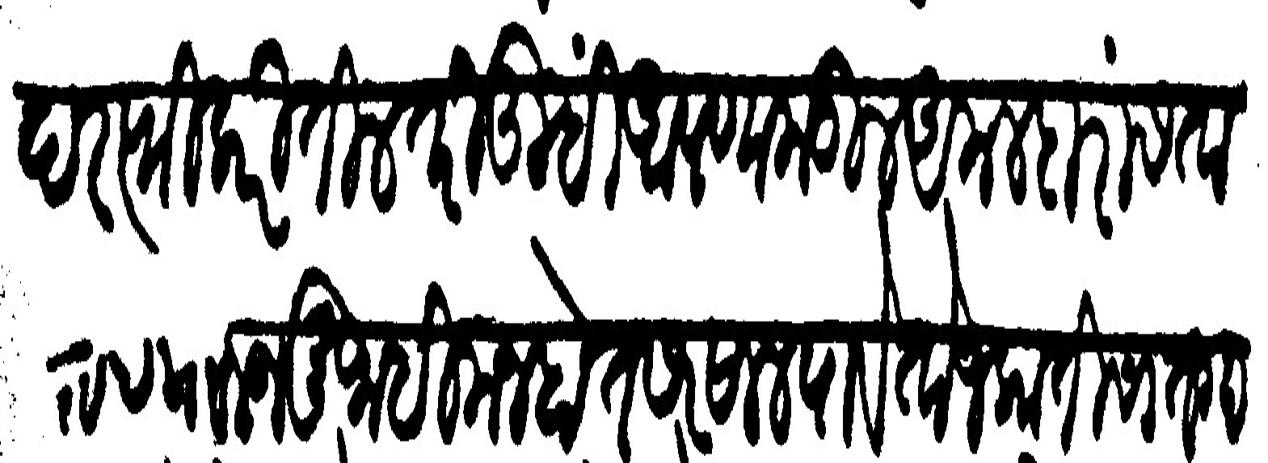
Transliteration (Devanagari): अमदरफ्ती करितील तरी तुम्ही आपणाकडील अमलदारांस ताकीद करून मुजाहिम न होत सर साल पावेतो जकातीचा तगादा